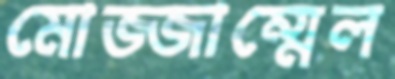
মোজ্জাম্মেল